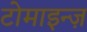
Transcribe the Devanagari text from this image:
टोमाइन्ज़